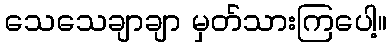
သေသေချာချာ မှတ်သားကြပေါ့။